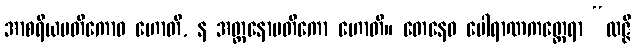
အာစရိယမတိကောဝ ဟောတိ, န အတ္တနောမတိကော ဟောတိ။ တေနေဝ ပေါရာဏကတ္ထေရာ “လဇ္ဇီ